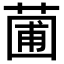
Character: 𬝟